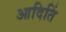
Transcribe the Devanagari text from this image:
आदितिं